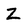
Character: Z